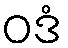
ဝဒံ